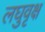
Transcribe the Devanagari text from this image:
लघुवृक्ष